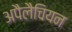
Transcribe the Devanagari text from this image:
अपैलैचियन